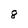
Character: 8